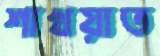
শাখয়াত